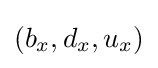
(b_{x},d_{x},u_{x})\,\!